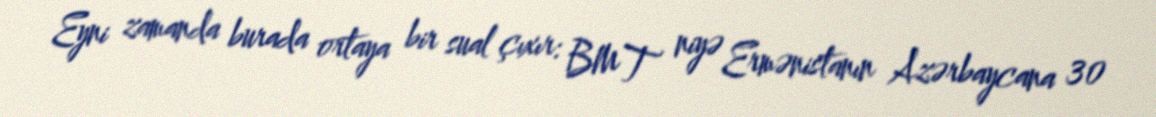
Eyni zamanda burada ortaya bir sual çıxır: BMT niyə Ermənistanın Azərbaycana 30